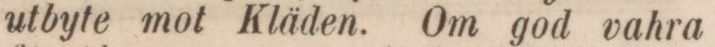
utbyte mot Kläden. Om god vahra